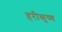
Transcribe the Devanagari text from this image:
हरीकृष्ण